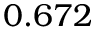
0 . 6 7 2